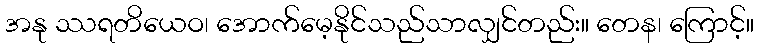
အနု ဿရတိယေဝ၊ အောက်မေ့နိုင်သည်သာလျှင်တည်း။ တေန၊ ကြောင့်။